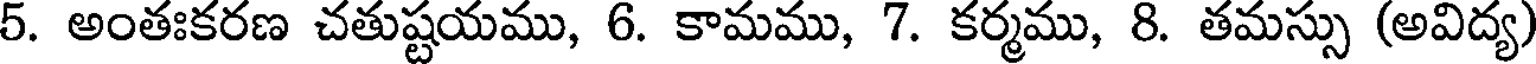
5. అంతఃకరణ చతుష్టయము, 6. కామము, 7. కర్మము, 8. తమస్సు (అవిద్య)